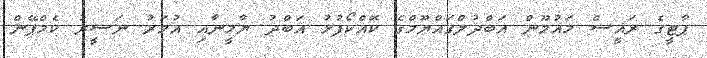
ޕާޓީގެ ރައީސް މައުމޫން އަބްދުލްގައްޔޫމްގެ ކޮއްކޯފުޅު އަބްދު ޔާމީނާއި އުމަރު ނަސީރު ކެމްޕޭން